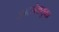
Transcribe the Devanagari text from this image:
जनसेवायुक्‍त